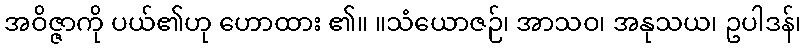
အဝိဇ္ဇာကို ပယ်၏ဟု ဟောထား ၏။ ။သံယောဇဉ်၊ အာသဝ၊ အနုသယ၊ ဥပါဒန်၊